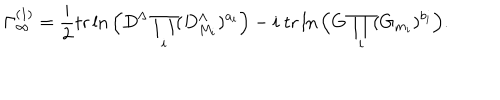
LaTeX: \Gamma _ { \infty } ^ { ( 1 ) } = \frac { i } { 2 } \mathrm { t r } \ln \Big ( D ^ { \Lambda } \prod _ { i } ( D _ { M _ { i } } ^ { \Lambda } ) ^ { a _ { i } } \Big ) - i \ \mathrm { t r } \ln \Big ( G \prod _ { i } ( G _ { m _ { i } } ) ^ { b _ { i } } \Big ) .